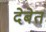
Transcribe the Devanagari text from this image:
देबेत